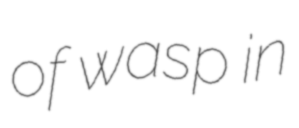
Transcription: of wasp in